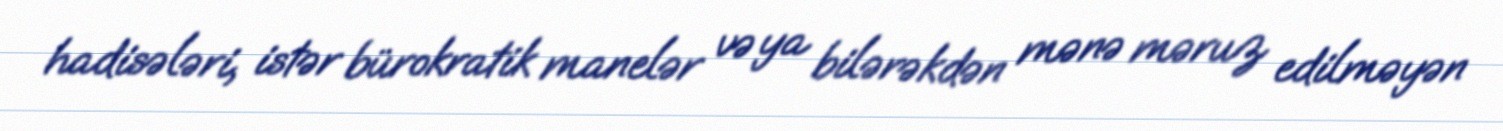
hadisələri, istər bürokratik manelər və ya bilərəkdən mənə məruz edilməyən